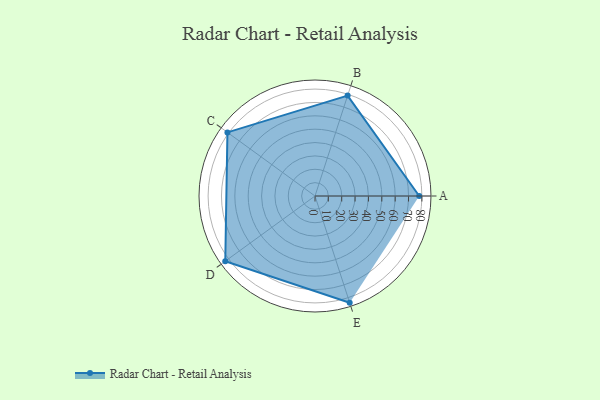
{"axis": {"x": "Skill", "y": "Score"}, "legend": ["Profile"], "data": [{"x": "A", "y": 78.0, "type": "Profile"}, {"x": "B", "y": 79.0, "type": "Profile"}, {"x": "C", "y": 81.0, "type": "Profile"}, {"x": "D", "y": 83.0, "type": "Profile"}, {"x": "E", "y": 84.0, "type": "Profile"}]}